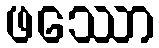
ဖဿော